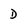
Character: d